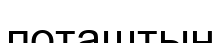
поташтың